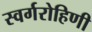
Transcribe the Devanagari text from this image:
स्वर्गरोहिणी